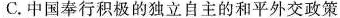
C.中国奉行积极的独立自主的和平外交政策